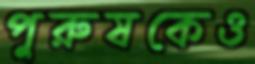
পুরুষকেও